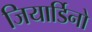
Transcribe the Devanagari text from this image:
जियार्डिनो